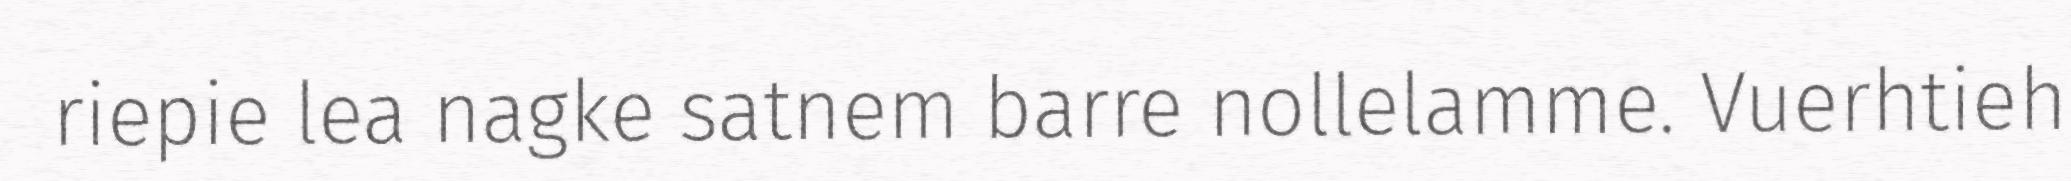
riepie lea nagke satnem barre nollelamme. Vuerhtieh